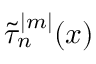
\tilde { \tau } _ { n } ^ { | m | } ( x )